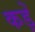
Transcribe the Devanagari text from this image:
कड़ें